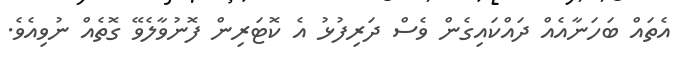
އެތައް ބަހަނާއެއް ދައްކައިގެން ވެސް ދަރިފުޅު އެ ކޮޓަރިން ފޮނުވާލެވޭ ގޮތެއް ނުވިއެވެ.